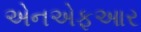
એનએફઆર